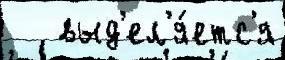
   выд'ел'я́етс'я